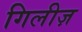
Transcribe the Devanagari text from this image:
गिलीज़